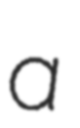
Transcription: a